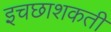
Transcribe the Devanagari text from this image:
इचछाशकती